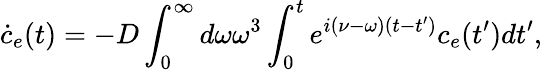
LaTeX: \dot{c}_{e}(t)=-D\int_{0}^{\infty}d\omega\omega^{3}\int_{0}^{t}e^{i(\nu-\omega)(t-t^{\prime})}c_{e}(t^{\prime})dt^{\prime},